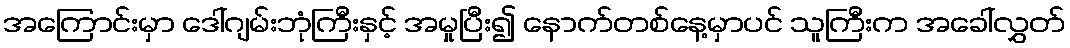
အကြောင်းမှာ ဒေါ်ဂျမ်းဘုံကြီးနှင့် အမှုပြီး၍ နောက်တစ်နေ့မှာပင် သူကြီးက အခေါ်လွှတ်